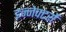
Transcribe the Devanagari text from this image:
इन्जेक्टरों